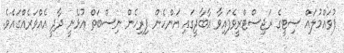
ފުވައްމުލައް ސިޓީގެ ރަޖިސްޓްރީވެފައިވާ އާބާދީގައި އަންހެން ފިރިހެން ނިސްބަތް އުޅެނީ ދާދީ އެއްވަރެއްގައެވެ.